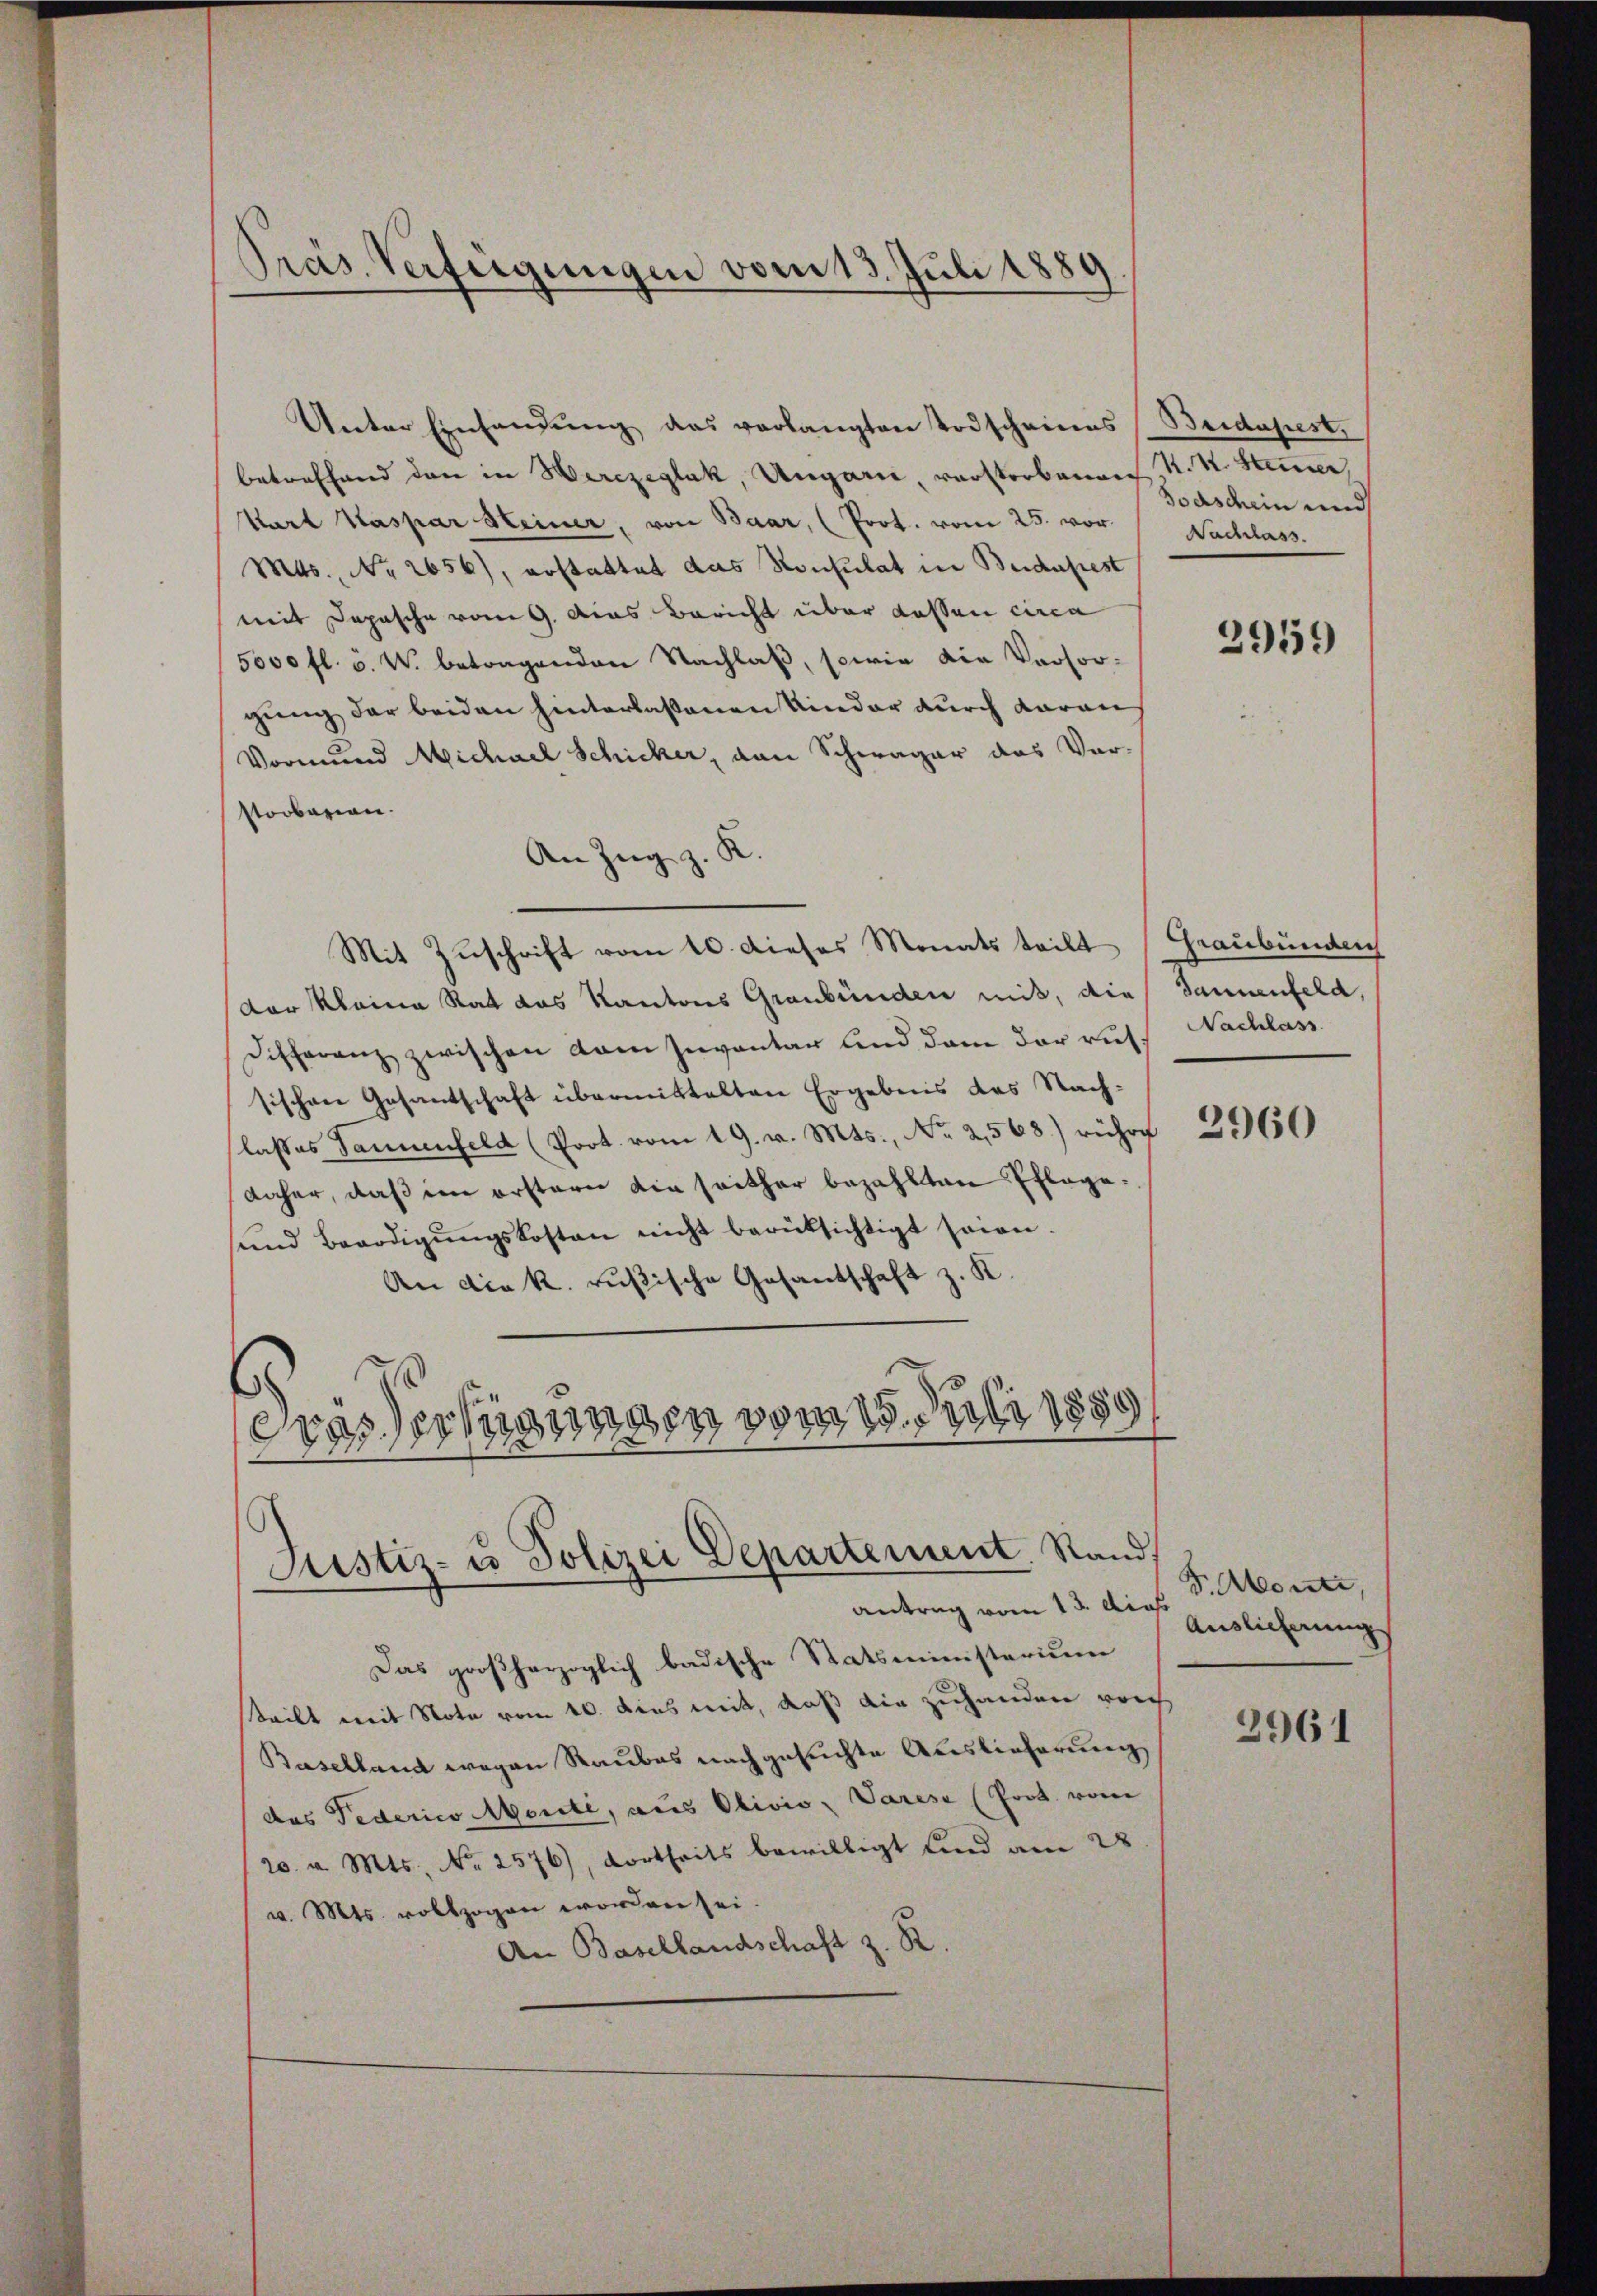
Präs. Verfeigungen vom 13. Juli 1889

Unter Einhandŭng das verlangten Todscheines Beidapest.
betreffend den in Herzeglak, Ungarn, verstorbenen K. K. Stimmer,
Karl Kaspar Steiner, von Baar, (Prot. vom 25. vor
Mts., Nr. 2656), erstattet das Konsulat in Budapest
mit Depesche vom 9. Das Bericht über dassen circa
5000 fl. 5. W. betragenden Nachlaß, sowie die Versorgung der beiden hinterlaßenen Kinder durch daraus
Vormund Michael Schicker, von Schwager das Vorstorbarien.
An Zug z. K.
Mit Zuschrift vom 10. dieses Monats teilt
der Kleine Rat das Kantons Graubünden mit, die Tannenfeld,
Differenz zwischen vom Inventar und dem der russ Nachlass
sischen Gesantschaft übermittelten Ergebnis des Nachlasses Sanenfeld (Poot. vom 19. v. Mts., No 2,568) rühre
daher, daß im erstern die seither bezahlten Pflege¬
und Beerdigŭngskosten nicht berüksichtigt sein.
An die k. rußische Gesantschaft z. K.
wasserlegungen vom 15. Juli 1889

Justiz- u Polizei Departement. Stand,

antrag vom 13. Dies
Das großherzoglich badische Statsministerium
steilt mit Note vom 10. dies mit, daß die zuhanden von
Baselland wegen Raubes nachgesuchte Auslieferung
das Federico Morité, aus Olivis, Varese (Prot. vom
20. v. Mts. No. 2576), dortheits bewilligt und am 28.
v. Mts. vollzogen worden sei.
An Basellandschaft z. R.

sodschein und
Nachlass.

2959

Graubünden

2960

F. konnte,
Auslieferung

2961